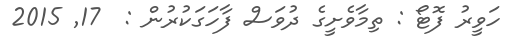
ހަވީރު ފޮޓޯ : ތިމާވެށީގެ ދުވަސް ފާހަގަކުރުން :  17